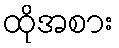
ထိုအစား